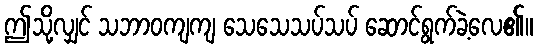
ဤသို့လျှင် သဘာဝကျကျ သေသေသပ်သပ် ဆောင်ရွက်ခဲ့လေ၏။